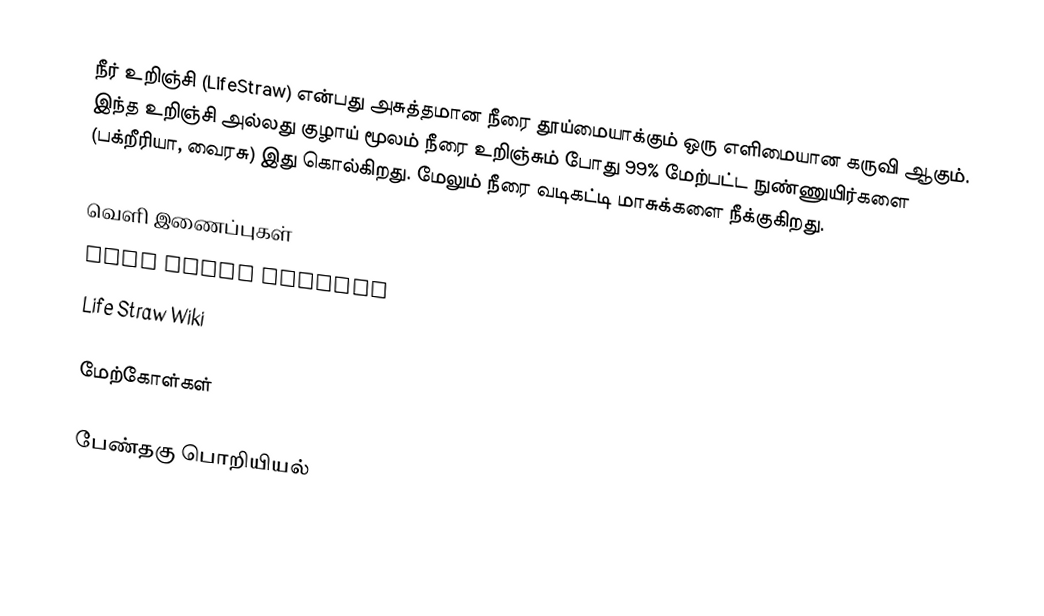
நீர் உறிஞ்சி (LifeStraw) என்பது அசுத்தமான நீரை தூய்மையாக்கும் ஒரு எளிமையான கருவி ஆகும். இந்த உறிஞ்சி அல்லது குழாய் மூலம் நீரை உறிஞ்சும் போது 99% மேற்பட்ட நுண்ணுயிர்களை (பக்றீரியா, வைரசு) இது கொல்கிறது. மேலும் நீரை வடிகட்டி மாசுக்களை நீக்குகிறது.

வெளி இணைப்புகள்
 Life Straw Website
 Life Straw Wiki

மேற்கோள்கள்

பேண்தகு பொறியியல்